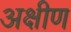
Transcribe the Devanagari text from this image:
अक्षीण